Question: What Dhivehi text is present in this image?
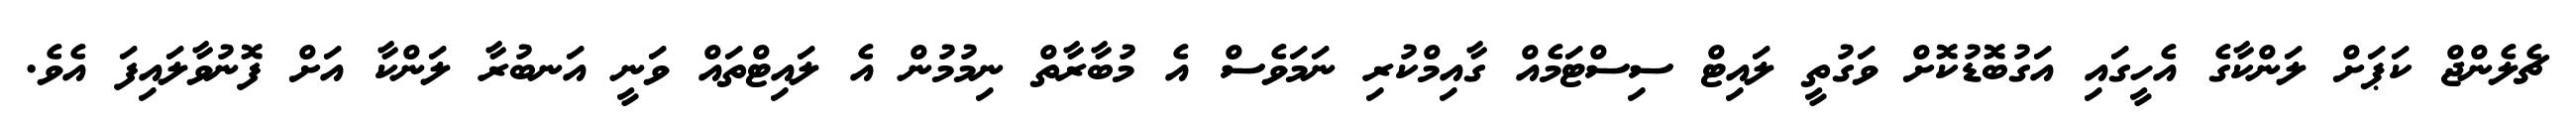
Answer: ޗެލެންޖް ކަޕަށް ލަންކާގެ އެހީގައި އަގުބޮޑުކޮށް ވަގުތީ ލައިޓް ސިސްޓަމެއް ގާއިމްކުރި ނަމަވެސް އެ މުބާރާތް ނިމުމުން އެ ލައިޓްތައް ވަނީ އަނބުރާ ލަންކާ އަށް ފޮނުވާލައިފަ އެވެ.